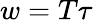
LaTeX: w=T\tau